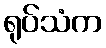
ရုပ်သံက